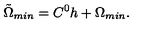
{ \tilde { \Omega } } _ { m i n } = C ^ { 0 } h + \Omega _ { m i n } .